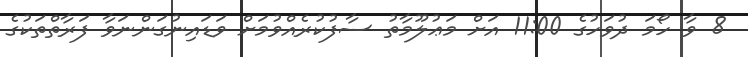
8 ވާ ހޯމަ ދުވަހުގެ 11:00 އަށް މަޢުލޫމާތު ސާފުކުރެއްވުމަށް ވަޑައިނުގަންނަވާ ފަރާތްތަކުގެ